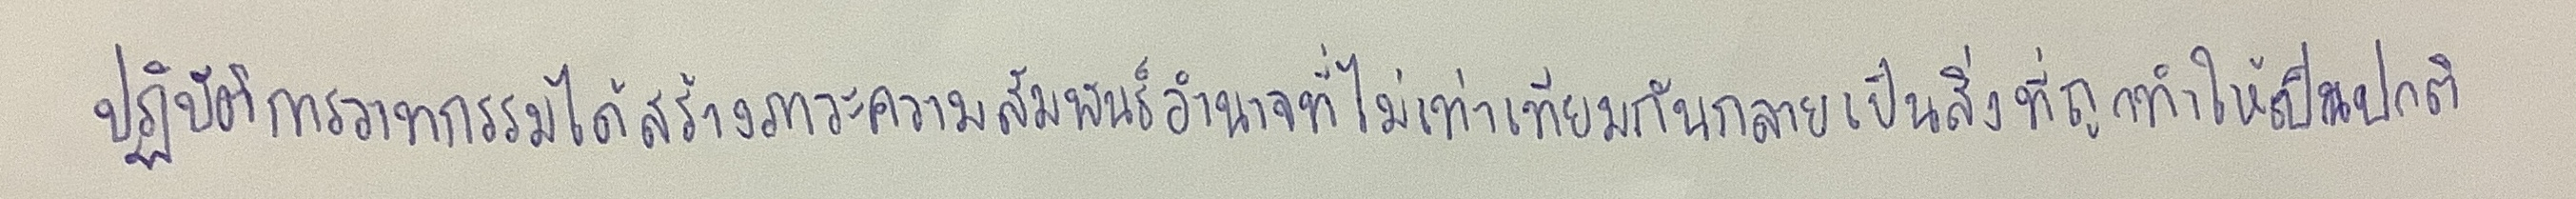
ปฏิบัติการวาทกรรมได้สร้างภาวะความสัมพันธ์อำนาจที่ไม่เท่าเทียมกันกลายเป็นสิ่งที่ถูกทำให้เป็นปกติ